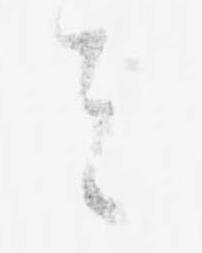
者